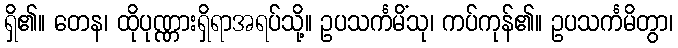
ရှိ၏။ တေန၊ ထိုပုဏ္ဏားရှိရာအရပ်သို့။ ဥပသင်္ကမိံသု၊ ကပ်ကုန်၏။ ဥပသင်္ကမိတွာ၊